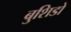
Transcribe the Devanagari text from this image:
बुशिडो